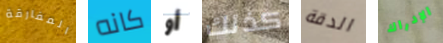
المفارقة كانه أو كذلك الدقة الإدراك